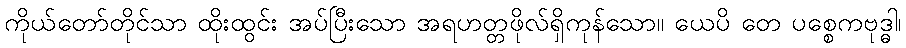
ကိုယ်တော်တိုင်သာ ထိုးထွင်း အပ်ပြီးသော အရဟတ္တဖိုလ်ရှိကုန်သော။ ယေပိ တေ ပစ္စေကဗုဒ္ဓါ၊